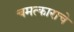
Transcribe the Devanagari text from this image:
चमत्काराचे